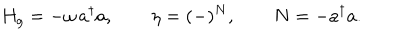
H _ { g } = - \omega \, a ^ { \dagger } a , \qquad \eta = ( - ) ^ { N } , \qquad N = - a ^ { \dagger } a .